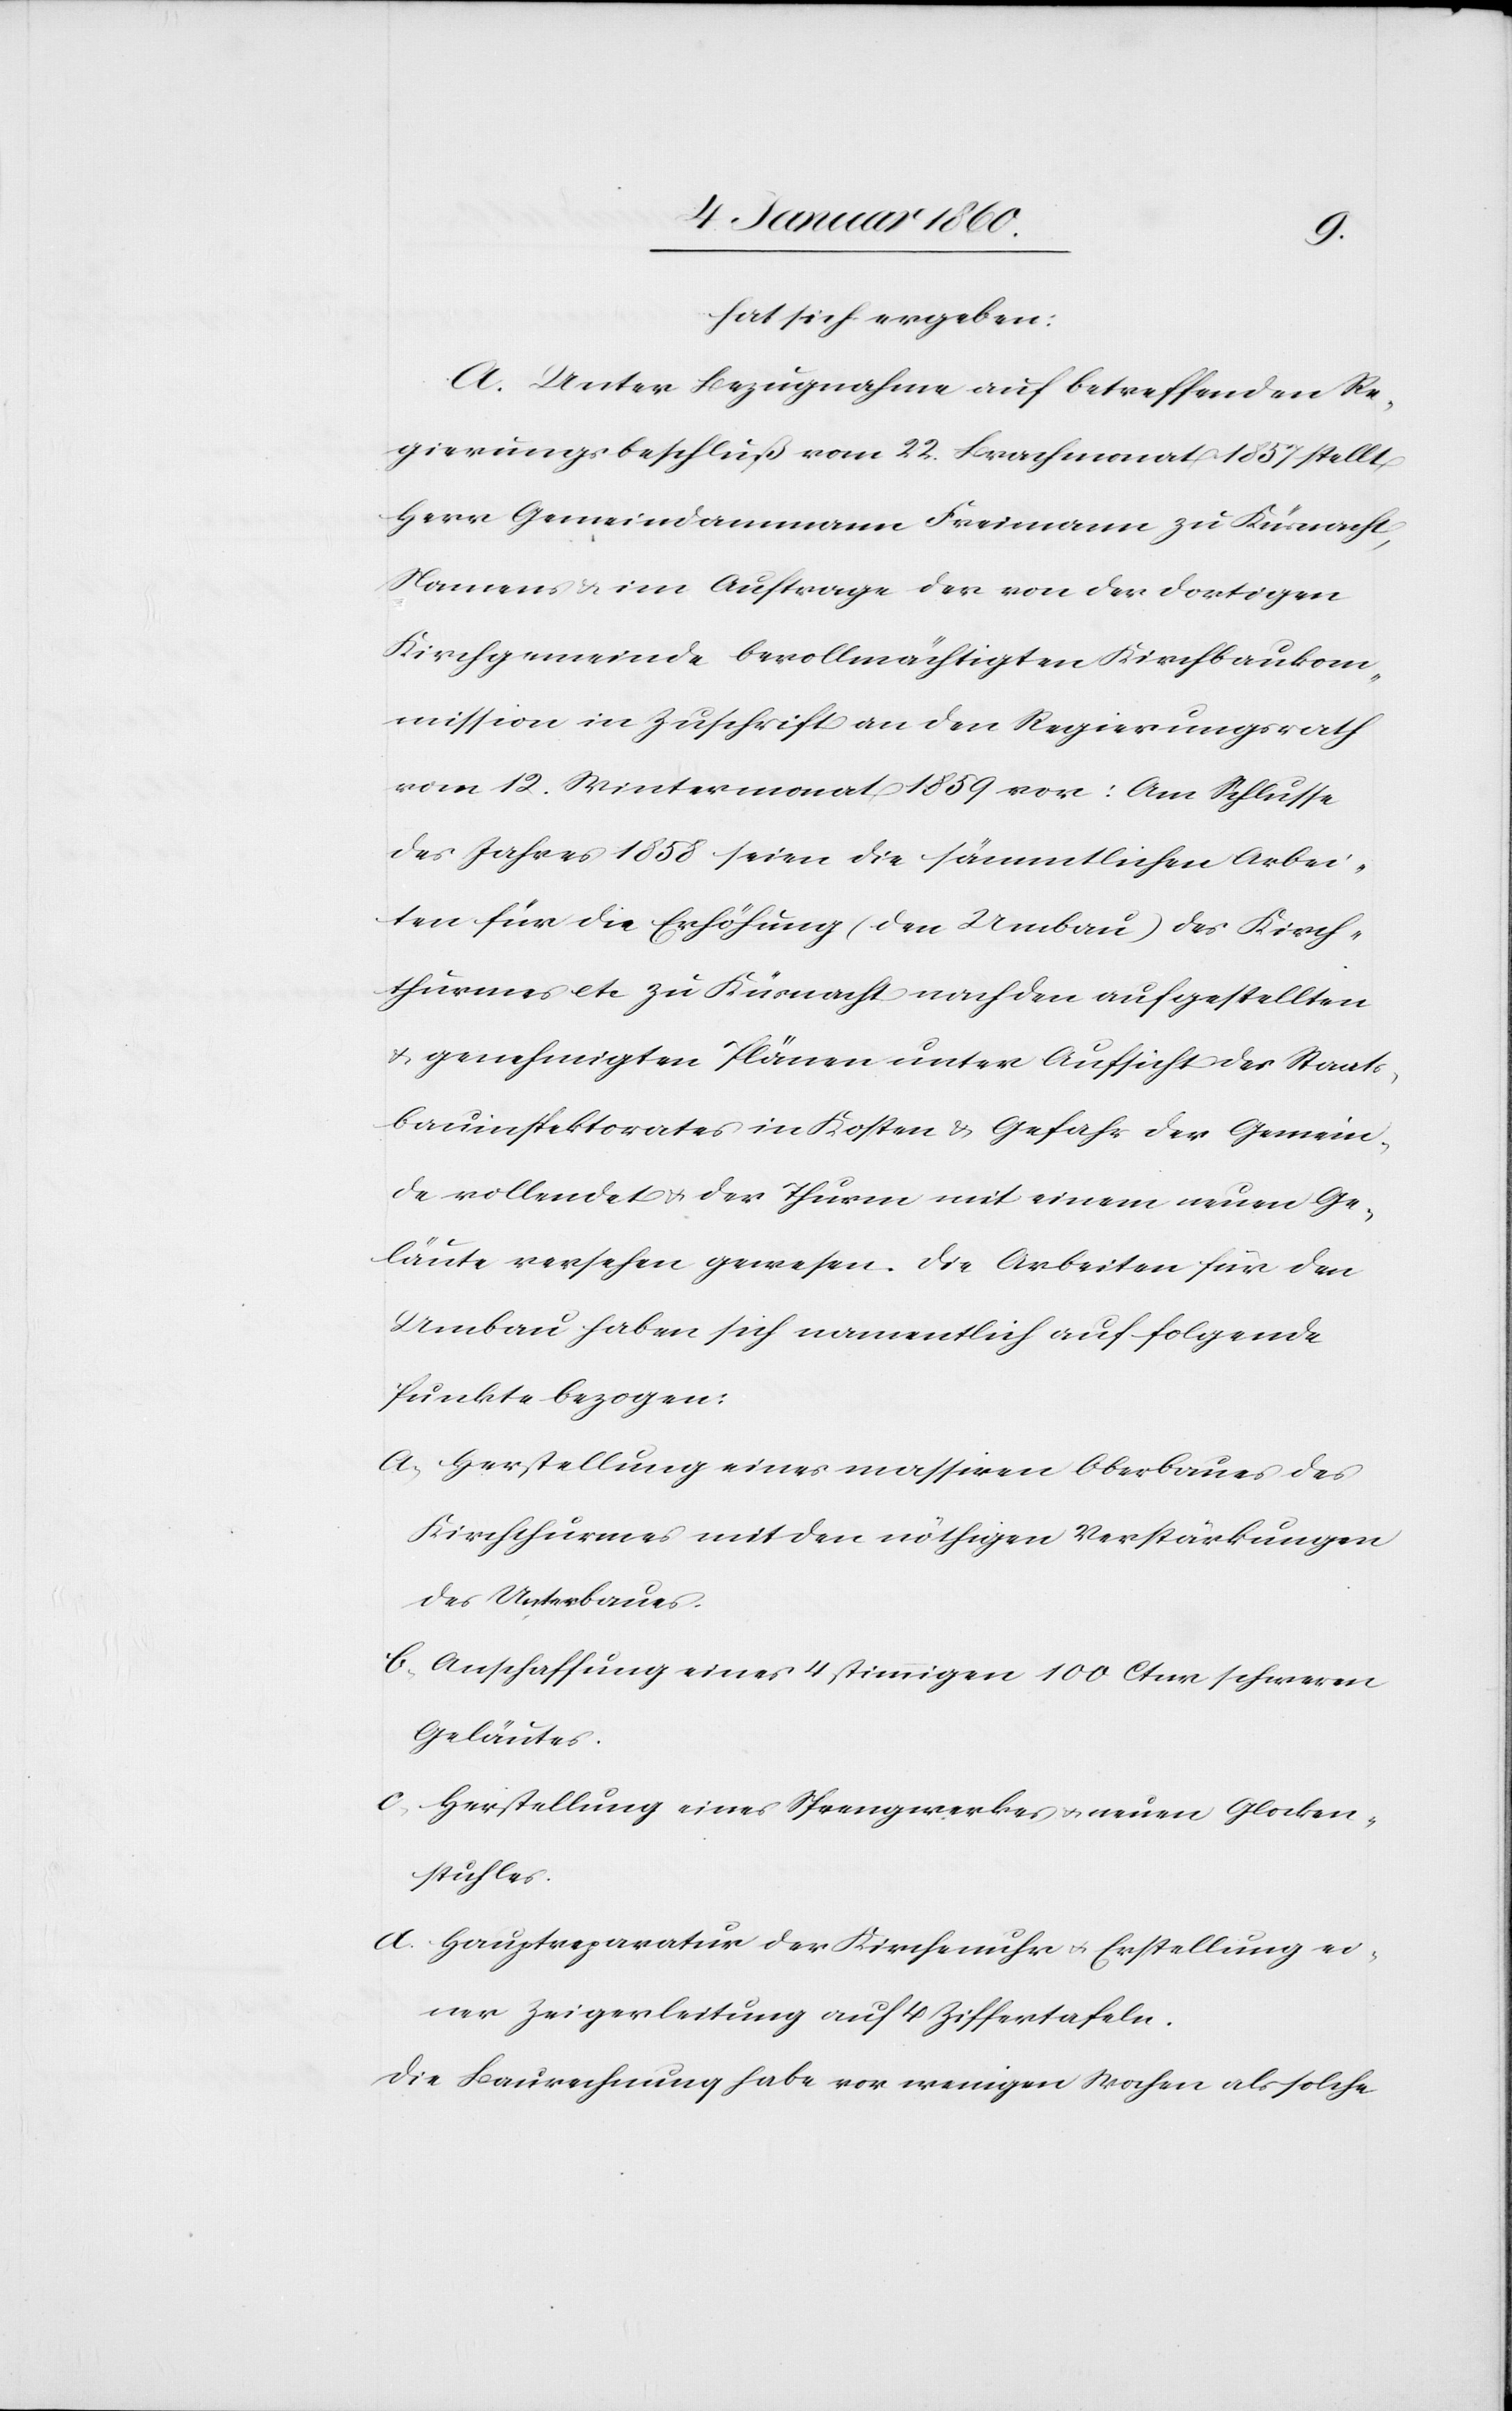
da sich ergeben:
A. Unter Bezugnahme auf betreffenden Re¬
gierungbeschluß vom 22. Brachmonat 1857. stellt
Herr Gemeindammann Freimann zu Küsnacht,
Namens im Auftrage der von der dortigen
Kirchgemeinde bevollmächtigten Kirchbaukom¬
mission in Zuschrift an den Regierungsrath
vom 12. Wintermonat 1859. vor: Am Schlusse
des Jahres 1858. seien die sämmtlichen Arbei¬
ten für die Erhöhung [den Umbau] des Kirch¬
thurmes etc. zu Küsnacht nach den aufgestellten
u. genehmigten Plänen unter Aufsicht des Staats¬
bauinspektorates in Kosten u. Gefahr der Gemein¬
de vollendet u. der Thurm mit einem neuen Ge¬
läute versehen gewesen. Die Arbeiten für den
Umbau haben sich namentlich auf folgende
Punkte bezogen:
a. Herstellung eines massiven Oberbaues des
Kirchthurmes mit den nöthigen Verstärkungen
des Unterbaues.
b. Anschaffung einer 4 stimmigen 100 Ctnr. schweren
Geläutes.
c. Herstellung eines Sprengwerkes u. neuen Glocken¬
stuhles.
d. Hauptreparatur der Kirchenuhr u. Erstellung ei¬
ner Zeigerleitung auf 4. Ziffertafeln.
Die Baurechnung habe vor wenigen Wochen als solche